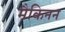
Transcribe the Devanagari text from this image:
मैकिनन